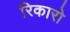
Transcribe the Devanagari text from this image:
रिकारो